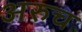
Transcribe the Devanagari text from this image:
अरुच